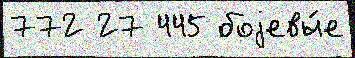
772 27 445 боjевы́е